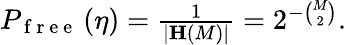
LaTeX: \begin{array}{r}{P_{\mathrm{~f~r~e~e~}}\left(\eta\right)=\frac{1}{\vert\mathbf{H}\left(M\right)\vert}=2^{-\binom{M}{2}}.}\end{array}